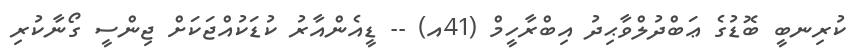
ކުރިނބީ ބޮޑުގެ ޢަބްދުލްވާޙިދު އިބްރާހީމް (41އ) -- ޑީއެންއާރު ކުޑަކުއްޖަކަށް ޖިންސީ ގޯނާކުރި